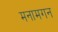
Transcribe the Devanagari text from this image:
मनामगन